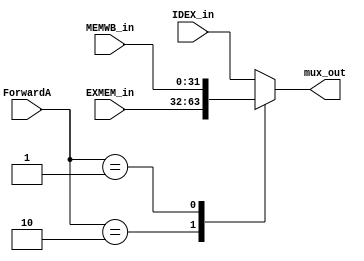

module ForwardA_Mux(mux_out, IDEX_in, EXMEM_in, MEMWB_in,ForwardA);
	output reg [31:0] mux_out;
	input [31:0] IDEX_in, EXMEM_in, MEMWB_in;
	input[1:0] ForwardA;
	always @ (*)
	case(ForwardA)
	2'b00: mux_out <= IDEX_in;
	2'b10: mux_out <= EXMEM_in;
	2'b01: mux_out <= MEMWB_in;
	default: mux_out <= IDEX_in;
	endcase
endmodule